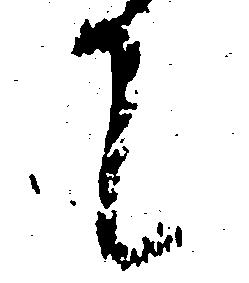
て